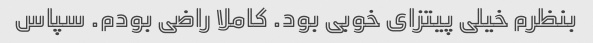
بنظرم خیلی پیتزای خوبی بود. کاملا راضی بودم. سپاس